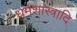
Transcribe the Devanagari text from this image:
धर्मशास्त्रादि